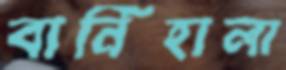
বার্নিহালা